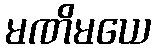
မဏိမယေ